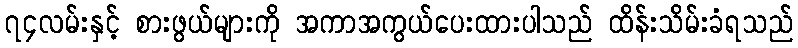
၇၄လမ်းနှင့် စားဖွယ်များကို အကာအကွယ်ပေးထားပါသည် ထိန်းသိမ်းခံရသည်